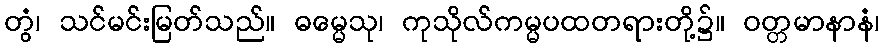
တွံ၊ သင်မင်းမြတ်သည်။ ဓမ္မေသု၊ ကုသိုလ်ကမ္မပထတရားတို့၌။ ဝတ္တမာနာနံ၊